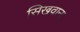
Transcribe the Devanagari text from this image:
सिखवाना